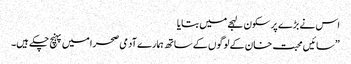
اس نے بڑے پر سکون لہجے میں بتایا
”سائیں محبت خان کے لوگوں کے ساتھ ہمارے آدمی صحرا میں پہنچ چکے ہیں۔